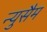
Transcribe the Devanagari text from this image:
न्युसैम